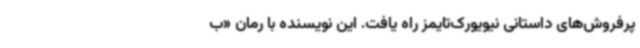
پرفروش‌های داستانی نیویورک‌تایمز راه یافت. این نویسنده با رمان «ب